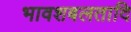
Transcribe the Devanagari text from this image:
भावशबलतादि